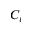
C _ { v }